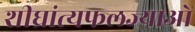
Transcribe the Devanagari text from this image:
शीघ्रांत्यफलज्याओं